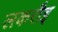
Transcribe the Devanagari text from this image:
लकरौइ